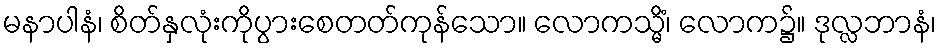
မနာပါနံ၊ စိတ်နှလုံးကိုပွားစေတတ်ကုန်သော။ လောကသ္မိံ၊ လောက၌။ ဒုလ္လဘာနံ၊